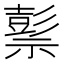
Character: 𥛱